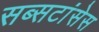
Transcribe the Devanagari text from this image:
सब्सटांसेस